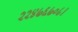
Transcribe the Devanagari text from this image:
२२४७६७०८।